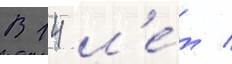
В 14 л'е́т /